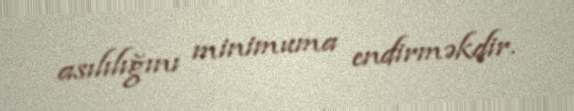
asılılığını minimuma endirməkdir.